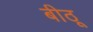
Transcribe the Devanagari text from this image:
बीठू